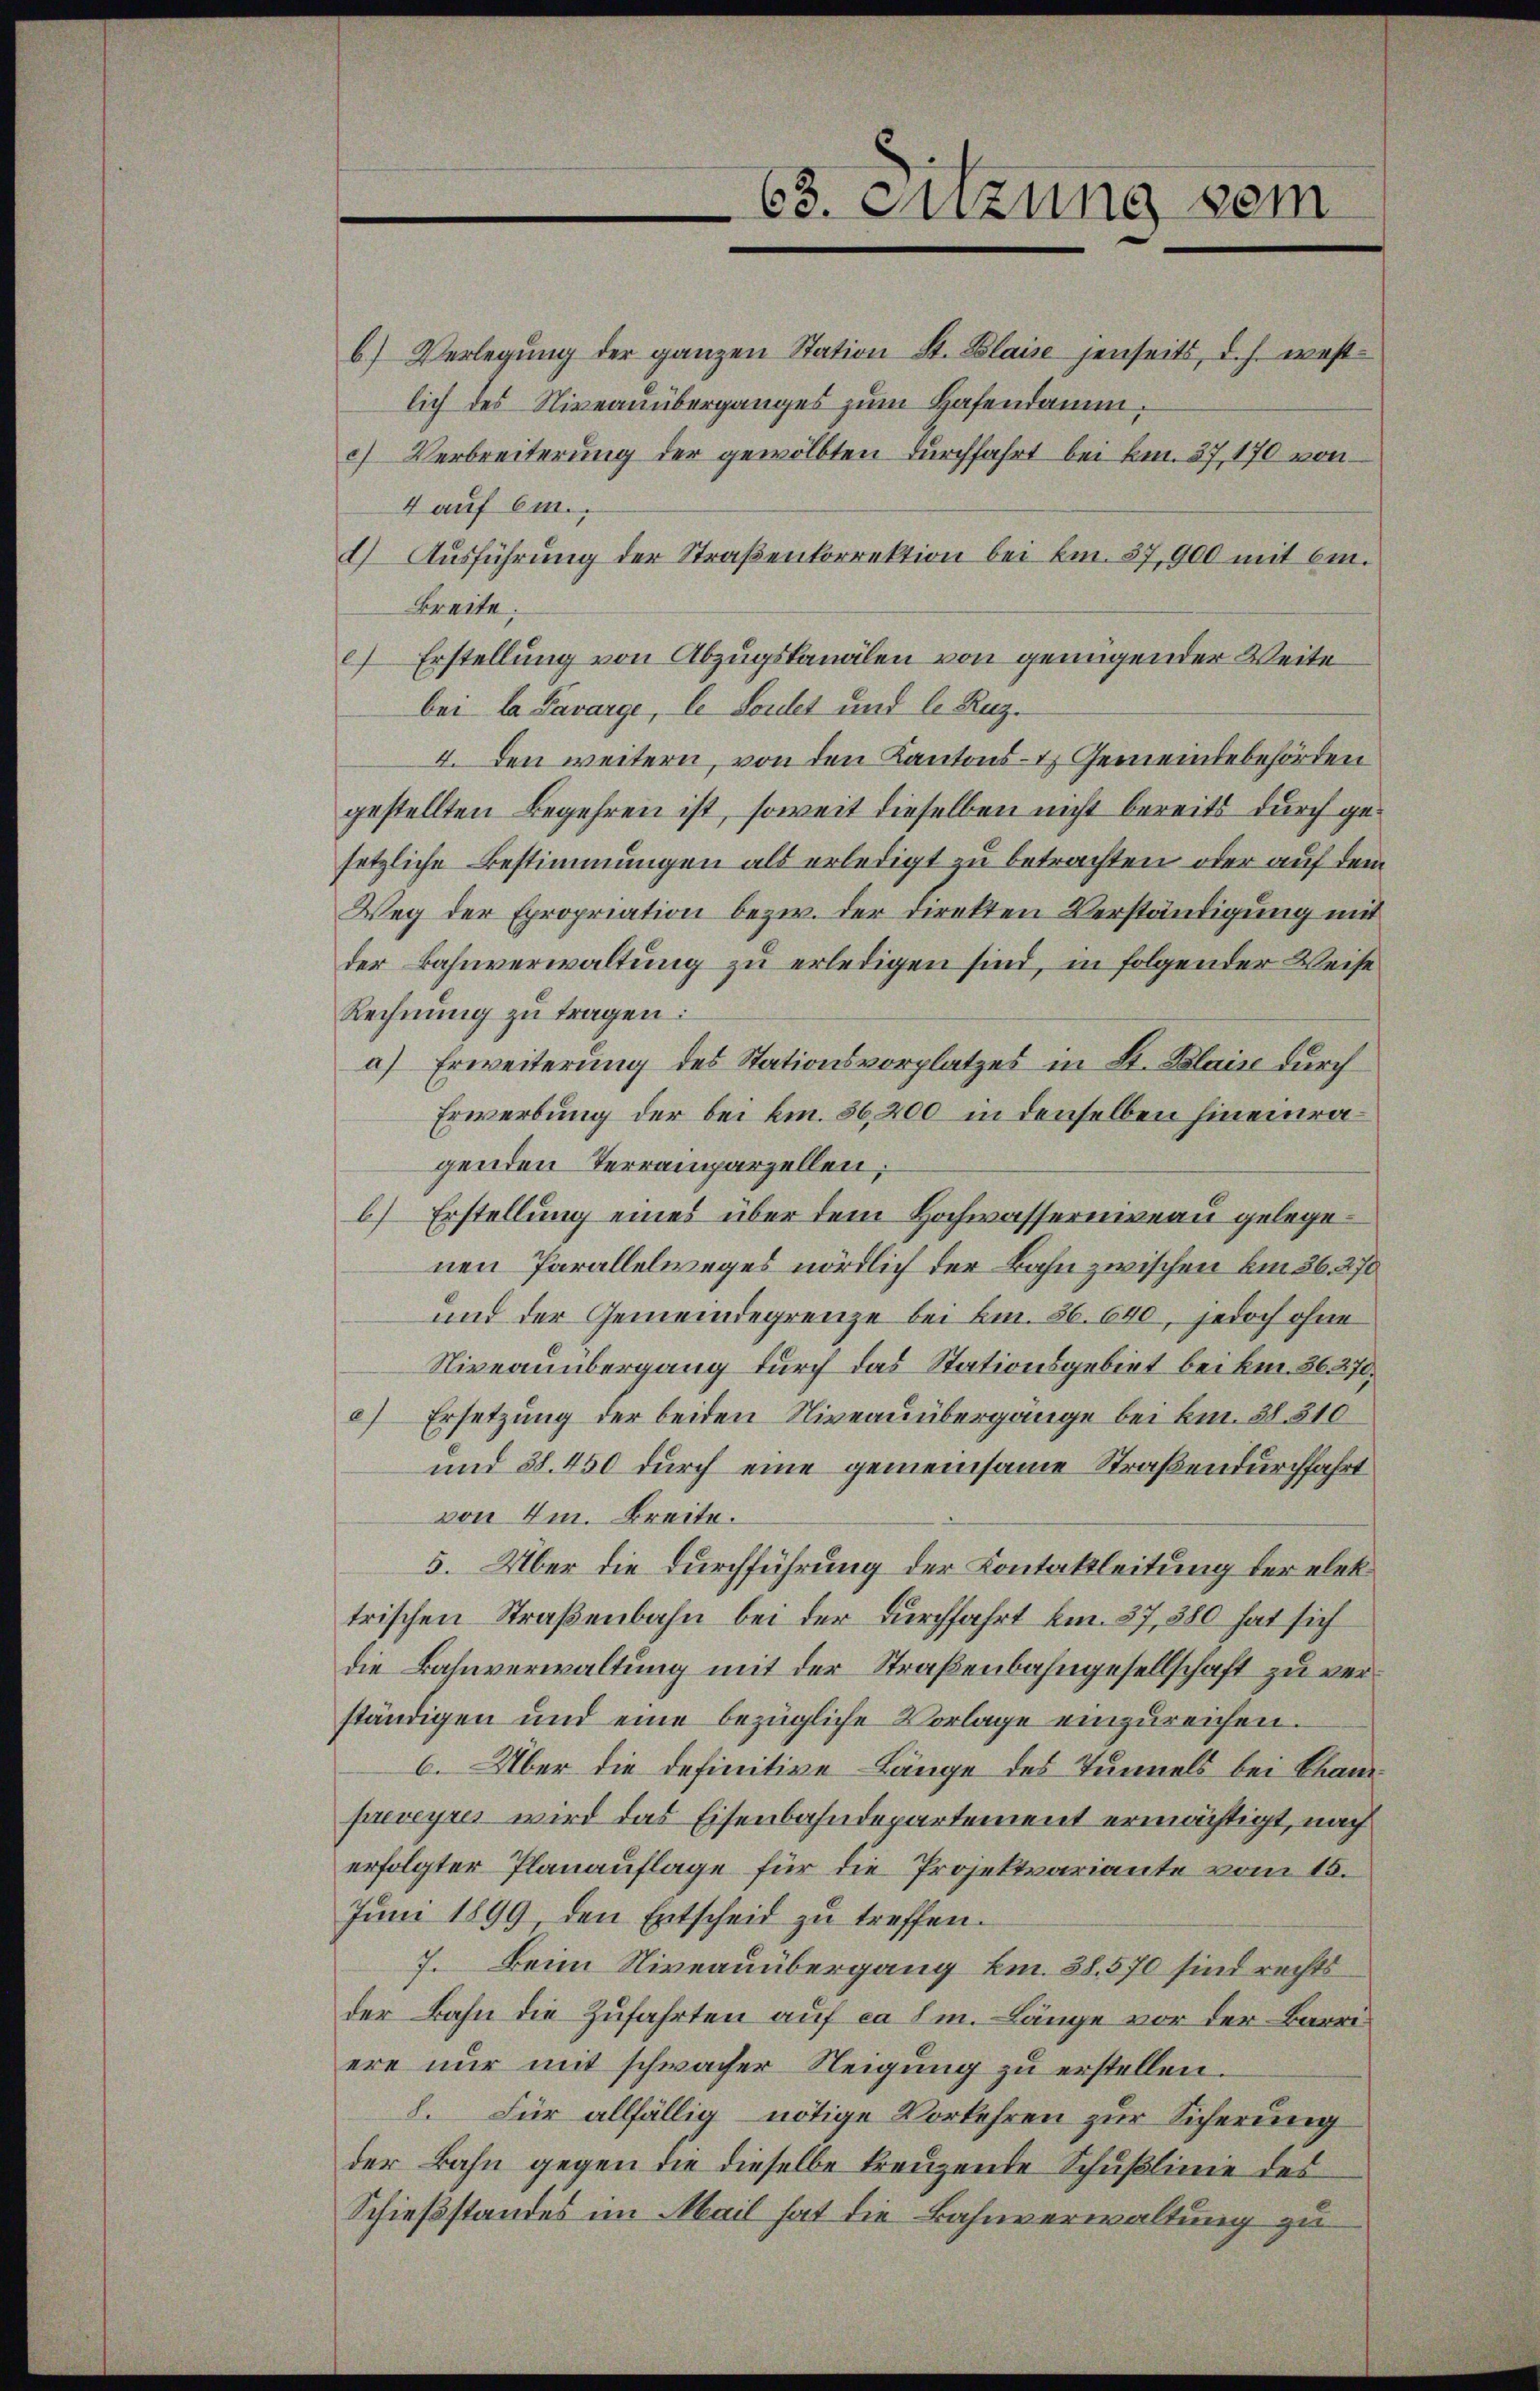
b.) Verlegung der ganzen Station St. Blaise jenseits, d. h. westlich des Niveauüberganges zum Hafendamm.
c) Verbreiterung der gewölbten durchfahrt bei km. 37, 170 von
4 auf 6m.
1) Ausführung der Straßenkorrektion bei km. 37,900 mit 6m.
Breite:
) Erstellung von Abzugskanälen von genügender Weite
bei la Pararge, le Soulet und C. Ruz¬
4. Den weitern, von den Kantons- & Gemeindebehörden
gestellten Begehren ist, soweit dieselben nicht bereits durch gesetzliche Bestimmungen als erledigt zu betrachten oder auf dem
Weg der Epropriation bezw. der Direkten Verständigung mit
der Bahnverwaltung zu erledigen sind, in folgender Weise
Rechnung zu tragen:
a) Erweiterung des Stationsvorplatzes in L. Blais durch
Erwerbung der bei km. 36,200 in denselben hineinragenden Terramparzellen,
6) Erstellung eines über dem Hochwasserniveau gelegenen Parallelweges nördlich der Bahn zwischen am 26. 270
und der Gemeindegrenze bei Bm. 36. 640, jedoch ohne
Niveauübergang durch das Stationsgebiet bei bei. 86. 270,
c) Ersetzung der beiden Niveauübergänge bei kr. 38. 310
und 88. 450 durch eine gemeinsame Straßendurchfahrt
von 4m. Breite.
5. Über die Durchführung der Kontaktleitung der elektrischen Straßenbahn bei der Durchfahrt km. 37, 380 hat sich
die Bahnverwaltung mit der Straßenbahngesellschaft zu verständigen und eine bezügliche Vorlage einzureichen.
6. Über die definitive Länge des Tunnels bei Brandpreveyres wird das Eisenbahndepartement ermächtigt, nach
erfolgter Planauflage für die Projektvariante vom 15.
Juni 1899 den Entscheid zu treffen.
7. Beim Niveauübergang km. 38. 570 sind rechts
der Bahn die Zufahrten auf ca 1m. Länge vor der Barriere nur mit schwacher Neigung zu erstellen.
8. Für allfällig nötige Vorkehren zur Sicherung
der Bahn gegen die dieselbe kreuzende Schußlinie des
Schießstandes im Mail hat die Bahnverwaltung zu

63. Suzung vom